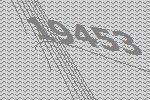
19453